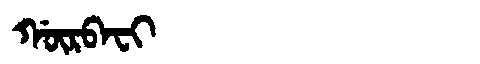
Manchu: ᡤᡡᡵᠪᠠᠸᡳ
Romanization: GŪRBAFI